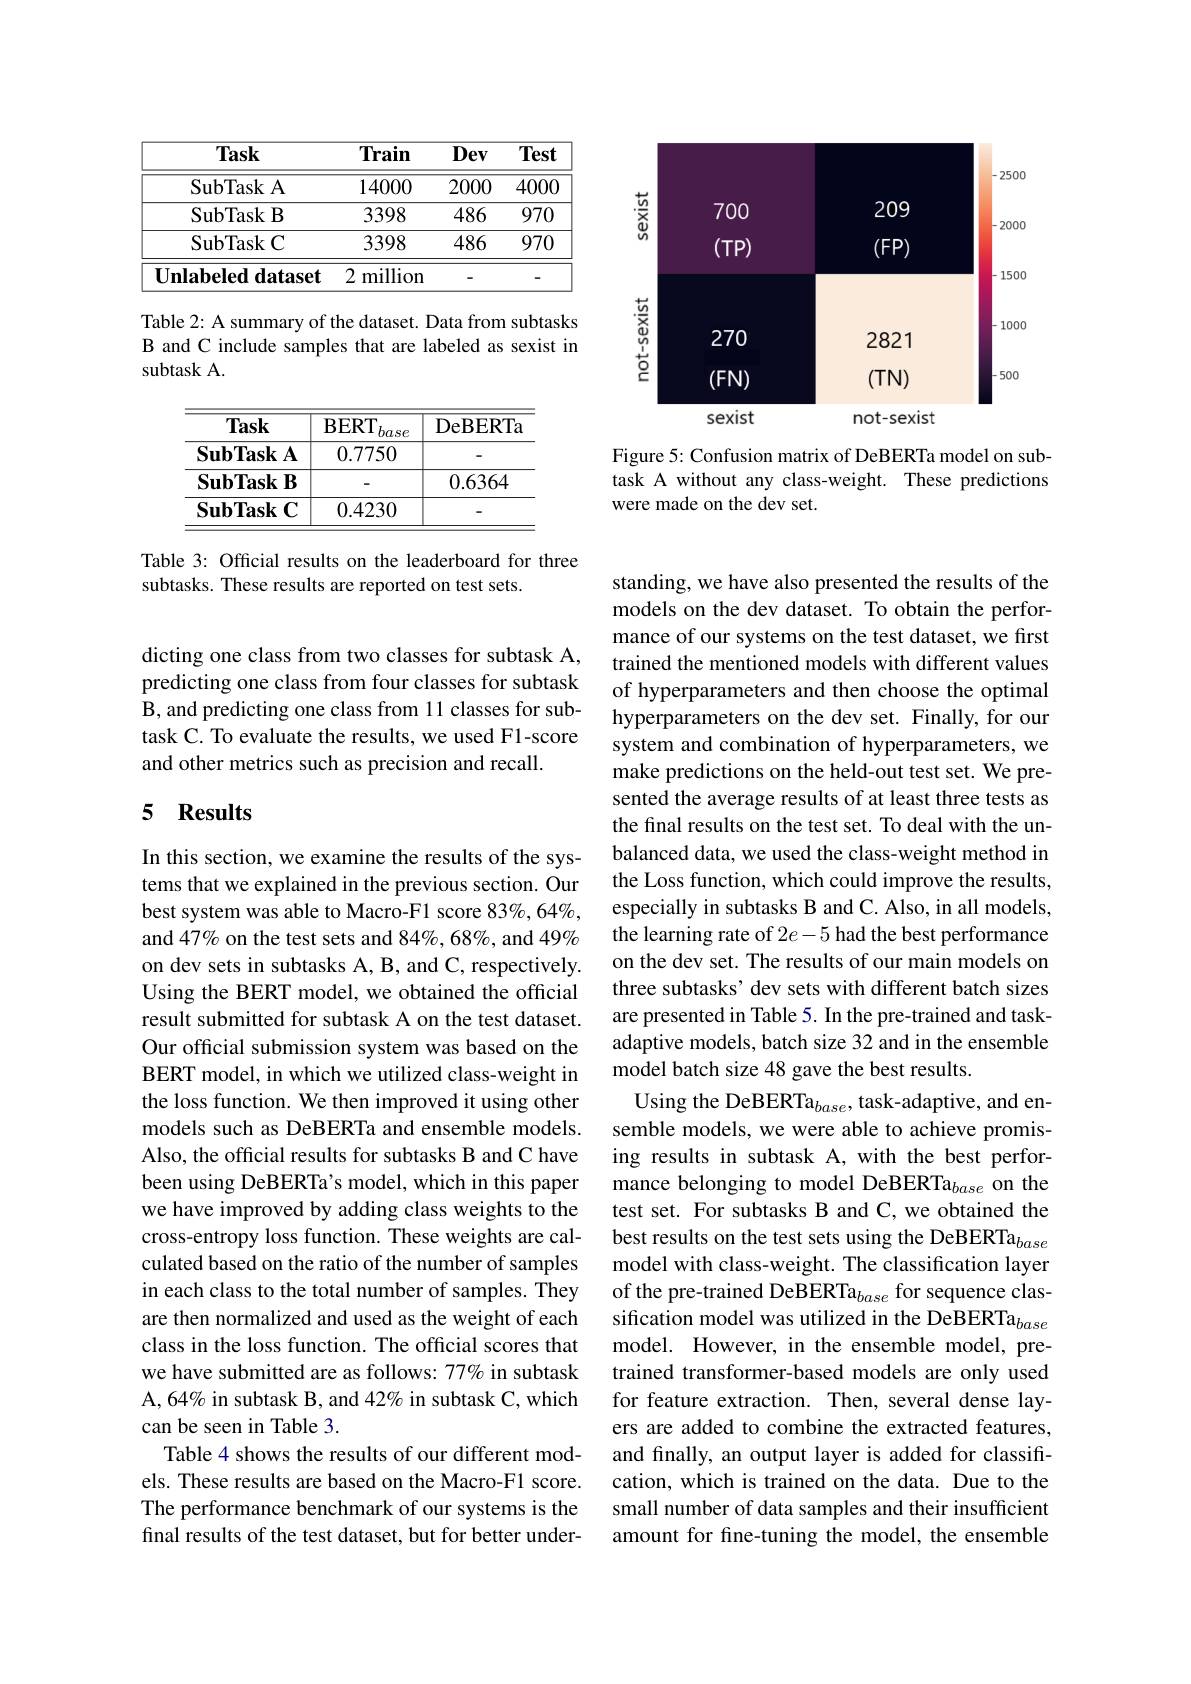
<table>
	<tbody>
		<tr>
			<th>Task</th>
			<th>$\textbf{Train}$</th>
			<th>Dev</th>
			<th>Test</th>
		</tr>
		<tr>
			<td>SubTask A</td>
			<td>14000</td>
			<td>2000</td>
			<td>4000</td>
		</tr>
		<tr>
			<td>$\operatorname{SubTaskB}$</td>
			<td>3398</td>
			<td>486</td>
			<td>970</td>
		</tr>
		<tr>
			<td>$\operatorname{SubTaskC}$</td>
			<td>3398</td>
			<td>486</td>
			<td>970</td>
		</tr>
		<tr>
			<td>Unlabeled dataset</td>
			<td>2 million</td>
			<td>-</td>
			<td>-</td>
		</tr>
	</tbody>
</table>

Table 2: A summary of the dataset. Data from subtasks B and C include samples that are labeled as sexist in subtask A.

$\boxed{\text{BERT}_{base}\:\text{DeBERTa}}$

$\overline{\textbf{Task}}$

$\overline{0.7750}$

SubTaskA

-

SubTaskB

$\overline{0.6364}$

0.4230

SubTaskC

Table 3: Official results on the leaderboard for three
subtasks. These results are reported on test sets.

dicting one class from two classes for subtask A, predicting one class from four classes for subtask B, and predicting one class from 11 classes for subtask C. To evaluate the results, we used F1-score and other metrics such as precision and recall.

## 5 Results

In this section, we examine the results of the systems that we explained in the previous section. Our best system was able to Macro-F1 score 83%, 64%, and 47% on the test sets and 84%, 68%, and 49% on dev sets in subtasks A, B, and C, respectively. Using the BERT model, we obtained the official result submitted for subtask A on the test dataset. Our official submission system was based on the BERT model, in which we utilized class-weight in the loss function. We then improved it using other models such as DeBERTa and ensemble models. Also, the official results for subtasks B and C have been using DeBERTa's model, which in this paper we have improved by adding class weights to the culated based on the ratio of the number of samples in each class to the total number of samples. They are then normalized and used as the weight of each class in the loss function. The official scores that we have submitted are as follows: 77% in subtask A, 64% in subtask B, and 42% in subtask C, which can be seen in Table 3.
Table 4 shows the results of our different models. These results are based on the Macro-F1 score. The performance benchmark of our systems is the final results of the test dataset, but for better under-

<FigureHere>

Figure 5: Confusion matrix of DeBERTa model on subtask A without any class-weight. These predictions were made on the dev set.

standing, we have also presented the results of the models on the dev dataset. To obtain the performance of our systems on the test dataset, we first trained the mentioned models with different values of hyperparameters and then choose the optimal hyperparameters on the dev set. Finally, for our system and combination of hyperparameters, we make predictions on the held-out test set. We presented the average results of at least three tests as the final results on the test set. To deal with the unbalanced data, we used the class-weight method in the Loss function, which could improve the results, especially in subtasks B and C. Also, in all models, the learning rate of $2e-5$ had the best performance on the dev set. The results of our main models on three subtasks' dev sets with different batch sizes are presented in Table 5. In the pre-trained and taskadaptive models, batch size 32 and in the ensemble model batch size 48 gave the best results.
Using the DeBERTa$_base$,task-adaptive, and ensemble models, we were able to achieve promising results in subtask A, with the best performance belonging to model DeBERTa$_{base}$ on the test set. For subtasks B and C, we obtained the
cross-entropy loss function. These weights are cal- best results on the test sets using the DeBERTa$_{base}$
model with class-weight. The classification layer of the pre-trained DeBERTa$_base$ for sequence classification model was utilized in the DeBERTa$_base$ model. However, in the ensemble model, pretrained transformer-based models are only used for feature extraction. Then, several dense layers are added to combine the extracted features, and finally, an output layer is added for classification, which is trained on the data. Due to the small number of data samples and their insufficient amount for fine-tuning the model, the ensemble